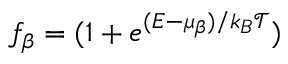
f _ { \beta } = ( 1 + e ^ { ( E - \mu _ { \beta } ) / k _ { B } \mathcal { T } } )